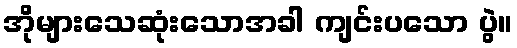
အိုများသေဆုံးသောအခါ ကျင်းပသော ပွဲ။